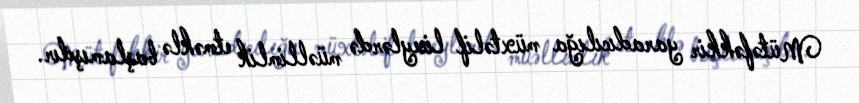
Mütəfəkkir yaradıcılığa müxtəlif liseylərdə müəllimlik etməklə başlamışdır.